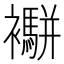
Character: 𧟁